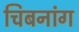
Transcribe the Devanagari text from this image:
चिबनांग